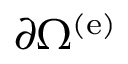
\partial \Omega ^ { \left( \mathrm { e } \right) }